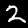
Label: 2